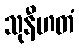
သုနီဟတံ